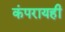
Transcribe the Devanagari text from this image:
कंपरायही